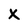
Character: X